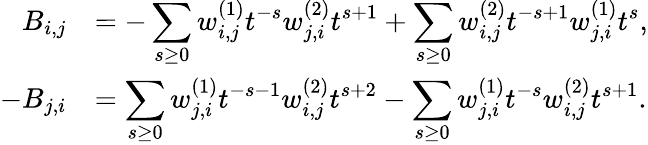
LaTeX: \begin{array}{rl}{B_{i,j}}&{=-\displaystyle\sum_{s\geq 0}w_{i,j}^{(1)}t^{-s}w_{j,i}^{(2)}t^{s+1}+\displaystyle\sum_{s\geq 0}w_{i,j}^{(2)}t^{-s+1}w_{j,i}^{(1)}t^{s},}\\ {-B_{j,i}}&{=\displaystyle\sum_{s\geq 0}w_{j,i}^{(1)}t^{-s-1}w_{i,j}^{(2)}t^{s+2}-\displaystyle\sum_{s\geq 0}w_{j,i}^{(1)}t^{-s}w_{i,j}^{(2)}t^{s+1}.}\end{array}